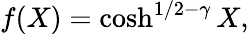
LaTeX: f(X)=\cosh^{1/2-\gamma}X,